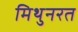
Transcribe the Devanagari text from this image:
मिथुनरत